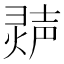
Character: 𬊽